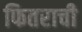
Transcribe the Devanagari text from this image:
फितराची